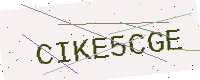
Text: CIKE5CGE